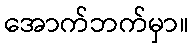
အောက်ဘက်မှာ။